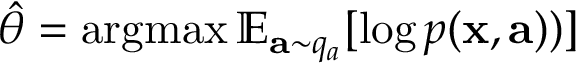
\hat { \theta } = \operatorname { a r g m a x } \mathbb { E } _ { \mathbf { a } \sim q _ { a } } [ \log p ( \mathbf { x } , \mathbf { a } ) ) ]